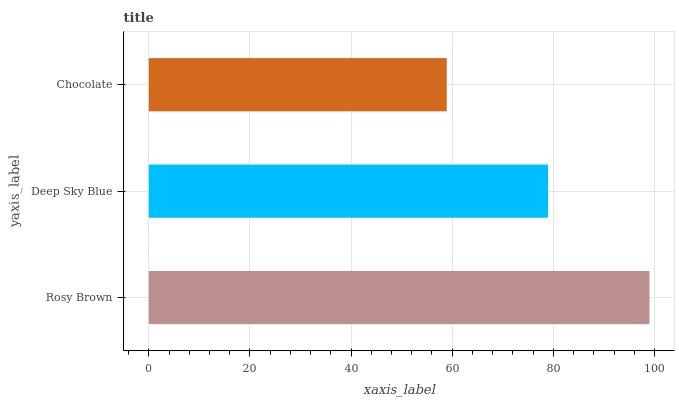
| yaxis_label | bars |
 | --- | --- |
 | Rosy Brown | 99 |
 | Deep Sky Blue | 79 |
 | Chocolate | 58.9 |